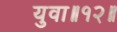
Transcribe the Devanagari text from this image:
युवा॥१२॥